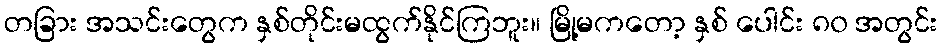
တခြား အသင်းတွေက နှစ်တိုင်းမထွက်နိုင်ကြဘူး။ မြို့မကတော့ နှစ် ပေါင်း ၈၀ အတွင်း